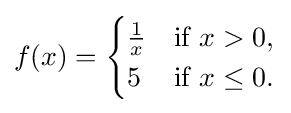
f(x)={\begin{cases}{\frac {1}{x}}&{\text{if }}x>0,\\5&{\text{if  }}x\leq 0.\end{cases}}